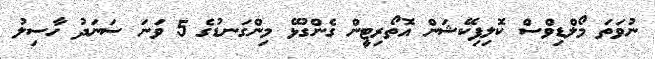
ނުވަތަ މޯލްޑިވްސް ކޮލިފިކޭޝަން އޮތޯރިޓީން ގެންގުޅޭ މިންގަނޑުގެ 5 ވަނަ ސަނަދު ހާސިލު